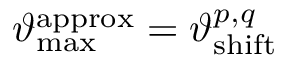
\vartheta _ { \mathrm { m a x } } ^ { \mathrm { a p p r o x } } = \vartheta _ { \mathrm { s h i f t } } ^ { p , q }